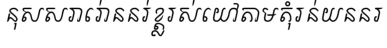
នុសសរារោ់ននរ់ខ្ត្លរស់យៅតាមតុំរន់យននរ